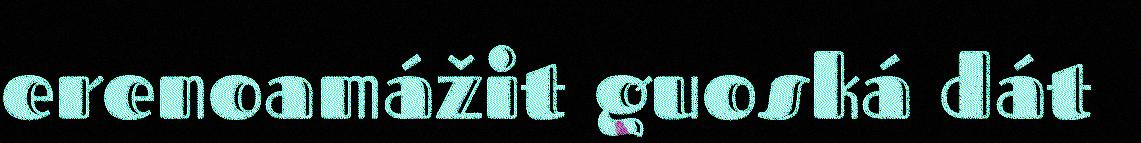
erenoamážit guoská dát